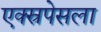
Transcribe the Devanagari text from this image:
एक्स्रपेसला